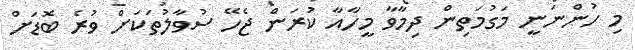
މި ހުންނަނީ މަގުމަތިން ދިމާވާ މީހާއާ ކުރަން ޖެހޭ ސުވާލުތަކަށް ވުރެ ބޮޑަށް